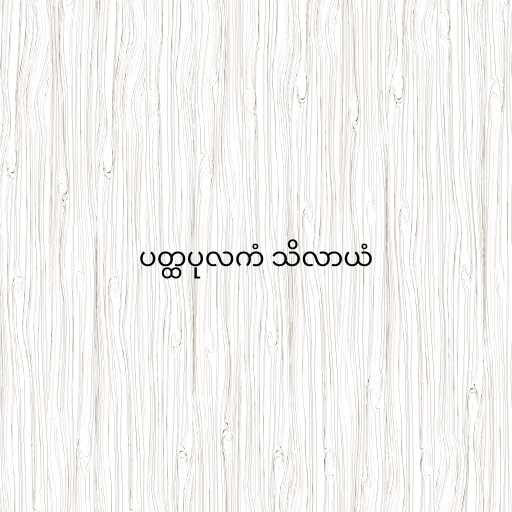
ပတ္ထပုလကံ သိလာယံ